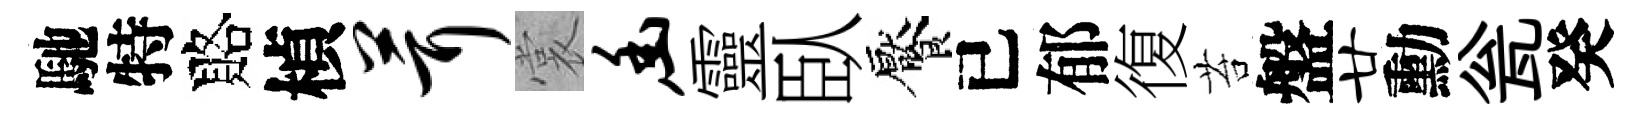
馳特賂楨茸裳幽靈臥饜已郁復苔盤廿勳瓮癸